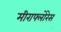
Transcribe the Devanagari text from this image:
मीराफ्लोरेस